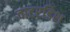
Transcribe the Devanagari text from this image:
वाटरडिश